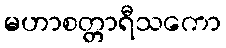
မဟာစတ္တာရီသကော